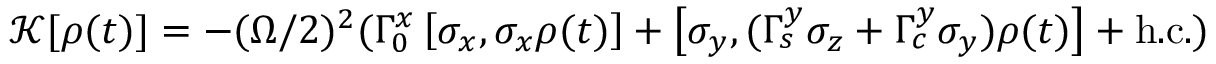
\mathcal { K } [ \rho ( t ) ] = - ( \Omega / 2 ) ^ { 2 } ( \Gamma _ { 0 } ^ { x } \left[ \sigma _ { x } , \sigma _ { x } \rho ( t ) \right] + \left[ \sigma _ { y } , ( \Gamma _ { s } ^ { y } \sigma _ { z } + \Gamma _ { c } ^ { y } \sigma _ { y } ) \rho ( t ) \right] + \mathrm { h . c . } )